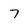
Character: 7